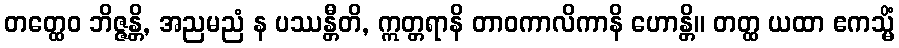
တတ္ထေဝ ဘိဇ္ဇန္တိ, အညမညံ န ပဿန္တီတိ, ဣတ္တရာနိ တာဝကာလိကာနိ ဟောန္တိ။ တတ္ထ ယထာ ဧကသ္မိံ